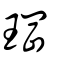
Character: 𤦇